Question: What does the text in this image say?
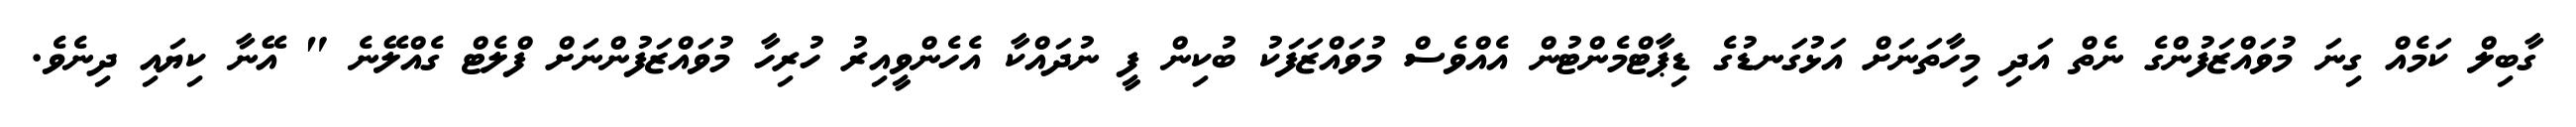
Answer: ގާބިލް ކަމެއް ގިނަ މުވައްޒަފުންގެ ނެތް އަދި މިހާތަނަށް އަޅުގަނޑުގެ ޑިޕާޓްމެންޓުން އެއްވެސް މުވައްޒަފަކު ބުކިން ފީ ނުދައްކާ އެހެންވީއިރު ހުރިހާ މުވައްޒަފުންނަށް ފްލެޓް ގެއްލޭނެ " އޭނާ ކިޔައި ދިނެވެ.